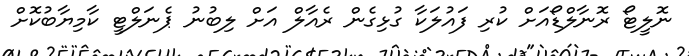
ނޮލީޓޯ ރޮނާލްޑޯއަށް ކުރި ފައުލަކާ ގުޅިގެން ރެއާލް އަށް ލިބުނު ޕެނަލްޓީ ކާމިޔާބުކޮށް